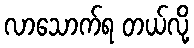
လာသောက်ရ တယ်လို့